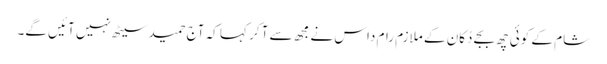
شام کے کوئی چھ بجے دُکان کے ملازم رام داس نے مجھ سے آ کر کہا کہ آج حمید سیٹھ نہیں آئیں گے۔